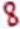
Text: 8